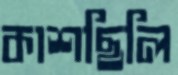
কাশছিলি